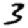
Digit: 3